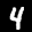
Label: 4